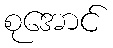
စုအောင်